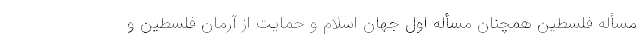
مسأله فلسطین همچنان مسأله اول جهان اسلام و حمایت از آرمان فلسطین و